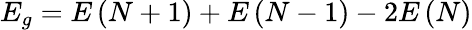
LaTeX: E_{g}=E\left(N+1\right)+E\left(N-1\right)-2E\left(N\right)